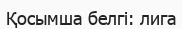
Қосымша белгі: лига